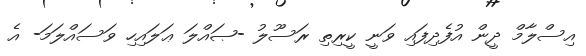
އިސްލާމް ދީން އުފެދިފައި ވަނީ ކީރިތި ރަސޫލު -ޞައްލަ ޢަލައިހި ވަސައްލަމަ- އެ